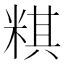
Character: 粸